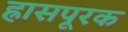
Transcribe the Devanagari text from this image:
ह्रासपूरक